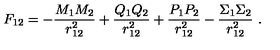
F _ { 1 2 } = - \frac { M _ { 1 } M _ { 2 } } { r _ { 1 2 } ^ { 2 } } + \frac { Q _ { 1 } Q _ { 2 } } { r _ { 1 2 } ^ { 2 } } + \frac { P _ { 1 } P _ { 2 } } { r _ { 1 2 } ^ { 2 } } - \frac { \Sigma _ { 1 } \Sigma _ { 2 } } { r _ { 1 2 } ^ { 2 } } \ .